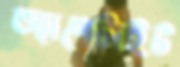
অ্যাপেটাইট